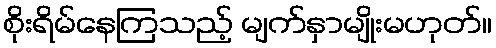
စိုးရိမ်နေကြသည့် မျက်နှာမျိုးမဟုတ်။